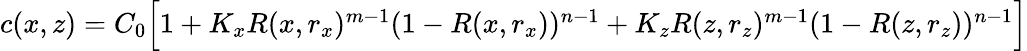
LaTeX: \begin{array}{r}{c(x,z)=C_{0}\Big[1+K_{x}R(x,r_{x})^{m-1}(1-R(x,r_{x}))^{n-1}+K_{z}R(z,r_{z})^{m-1}(1-R(z,r_{z}))^{n-1}\Big]}\end{array}